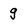
Character: g